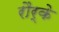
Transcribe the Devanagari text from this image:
रौर्के